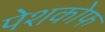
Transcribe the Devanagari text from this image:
पेशकोफ